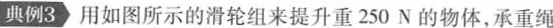
典例3 用如图所示的滑轮组来提升重250N的物体，承重绳